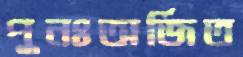
পুনঃঅর্জিত